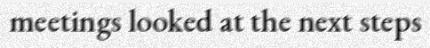
meetings looked at the next steps